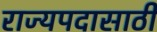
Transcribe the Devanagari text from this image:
राज्यपदासाठी